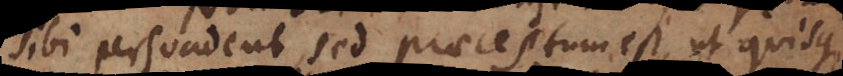
sibi persuadent, sed praeceptum est, ut quisque